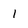
Character: 1